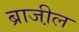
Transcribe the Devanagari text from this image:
ब्राजी़ल